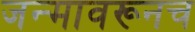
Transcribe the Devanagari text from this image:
जन्मावरूनच